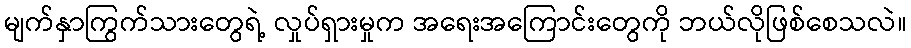
မျက်နှာကြွက်သားတွေရဲ့ လှုပ်ရှားမှုက အရေးအကြောင်းတွေကို ဘယ်လိုဖြစ်စေသလဲ။